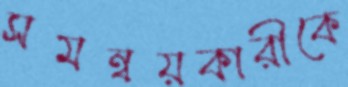
সমন্বয়কারীকে